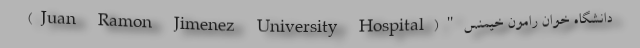
دانشگاه خوان رامون خیمنس"(Juan Ramon Jimenez University Hospital)